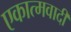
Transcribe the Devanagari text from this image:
एकात्मवादी